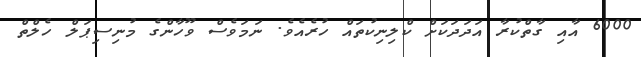
6000 އާއި ގާތްކުރާ އަދަދަކަށް ކްލިނިކުތައް ހުރެއެވެ. ނަމަވެސް ވޫހާންގެ މުނިސިޕަލް ހެލްތް